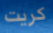
كريت